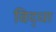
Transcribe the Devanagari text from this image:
विद्धा